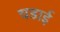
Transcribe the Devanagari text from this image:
चडाई